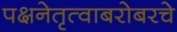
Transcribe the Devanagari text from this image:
पक्षनेतृत्वाबरोबरचे